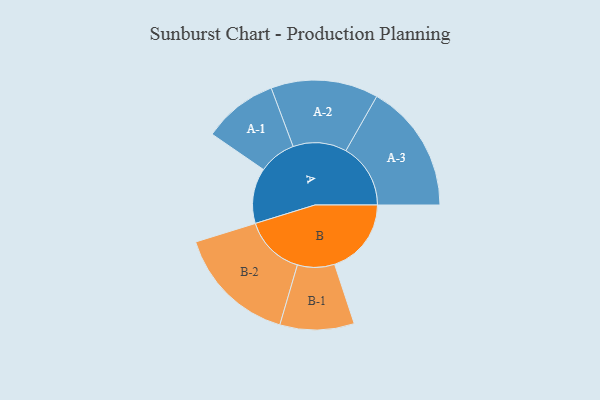
{"axis": {"x": "Segment", "y": "Value"}, "legend": ["", "A", "B"], "data": [{"x": "A", "y": 197, "type": ""}, {"x": "B", "y": 273, "type": ""}, {"x": "A-1", "y": 133, "type": "A"}, {"x": "A-2", "y": 191, "type": "A"}, {"x": "A-3", "y": 230, "type": "A"}, {"x": "B-1", "y": 132, "type": "B"}, {"x": "B-2", "y": 215, "type": "B"}]}